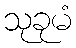
သုခုမံ